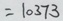
= 1 0 3 7 3